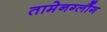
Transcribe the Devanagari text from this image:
तामेनग्लौंग